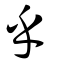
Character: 乎